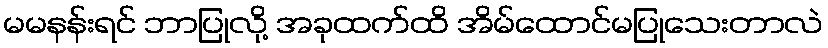
မမနန်းရင် ဘာပြုလို့ အခုထက်ထိ အိမ်ထောင်မပြုသေးတာလဲ